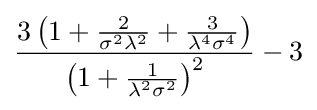
{\frac {3\left(1+{\frac {2}{\sigma ^{2}\lambda ^{2}}}+{\frac {3}{\lambda ^{4}\sigma ^{4}}}\right)}{\left(1+{\frac {1}{\lambda ^{2}\sigma ^{2}}}\right)^{2}}}-3